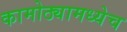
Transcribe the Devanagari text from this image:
कामोठ्यामध्येच